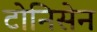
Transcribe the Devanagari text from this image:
टोनिसेन